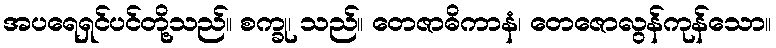
အပရေရှင်ပင်တို့သည်။ စက္ခု၊ သည်။ တေဇာဓိကာနံ၊ တေဇောလွန်ကုန်သော။